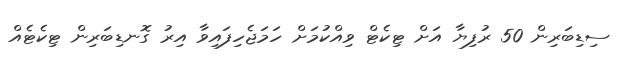
ސިޑިބަރިން 50 ރުފިޔާ އަށް ޓިކެޓް ވިއްކުމަށް ހަމަޖެހިފައިވާ އިރު ގޮނޑިބަރިން ޓިކެޓެއް